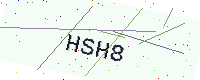
Text: HSH8